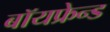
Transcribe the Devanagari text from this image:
बॉयफ्रेन्ड